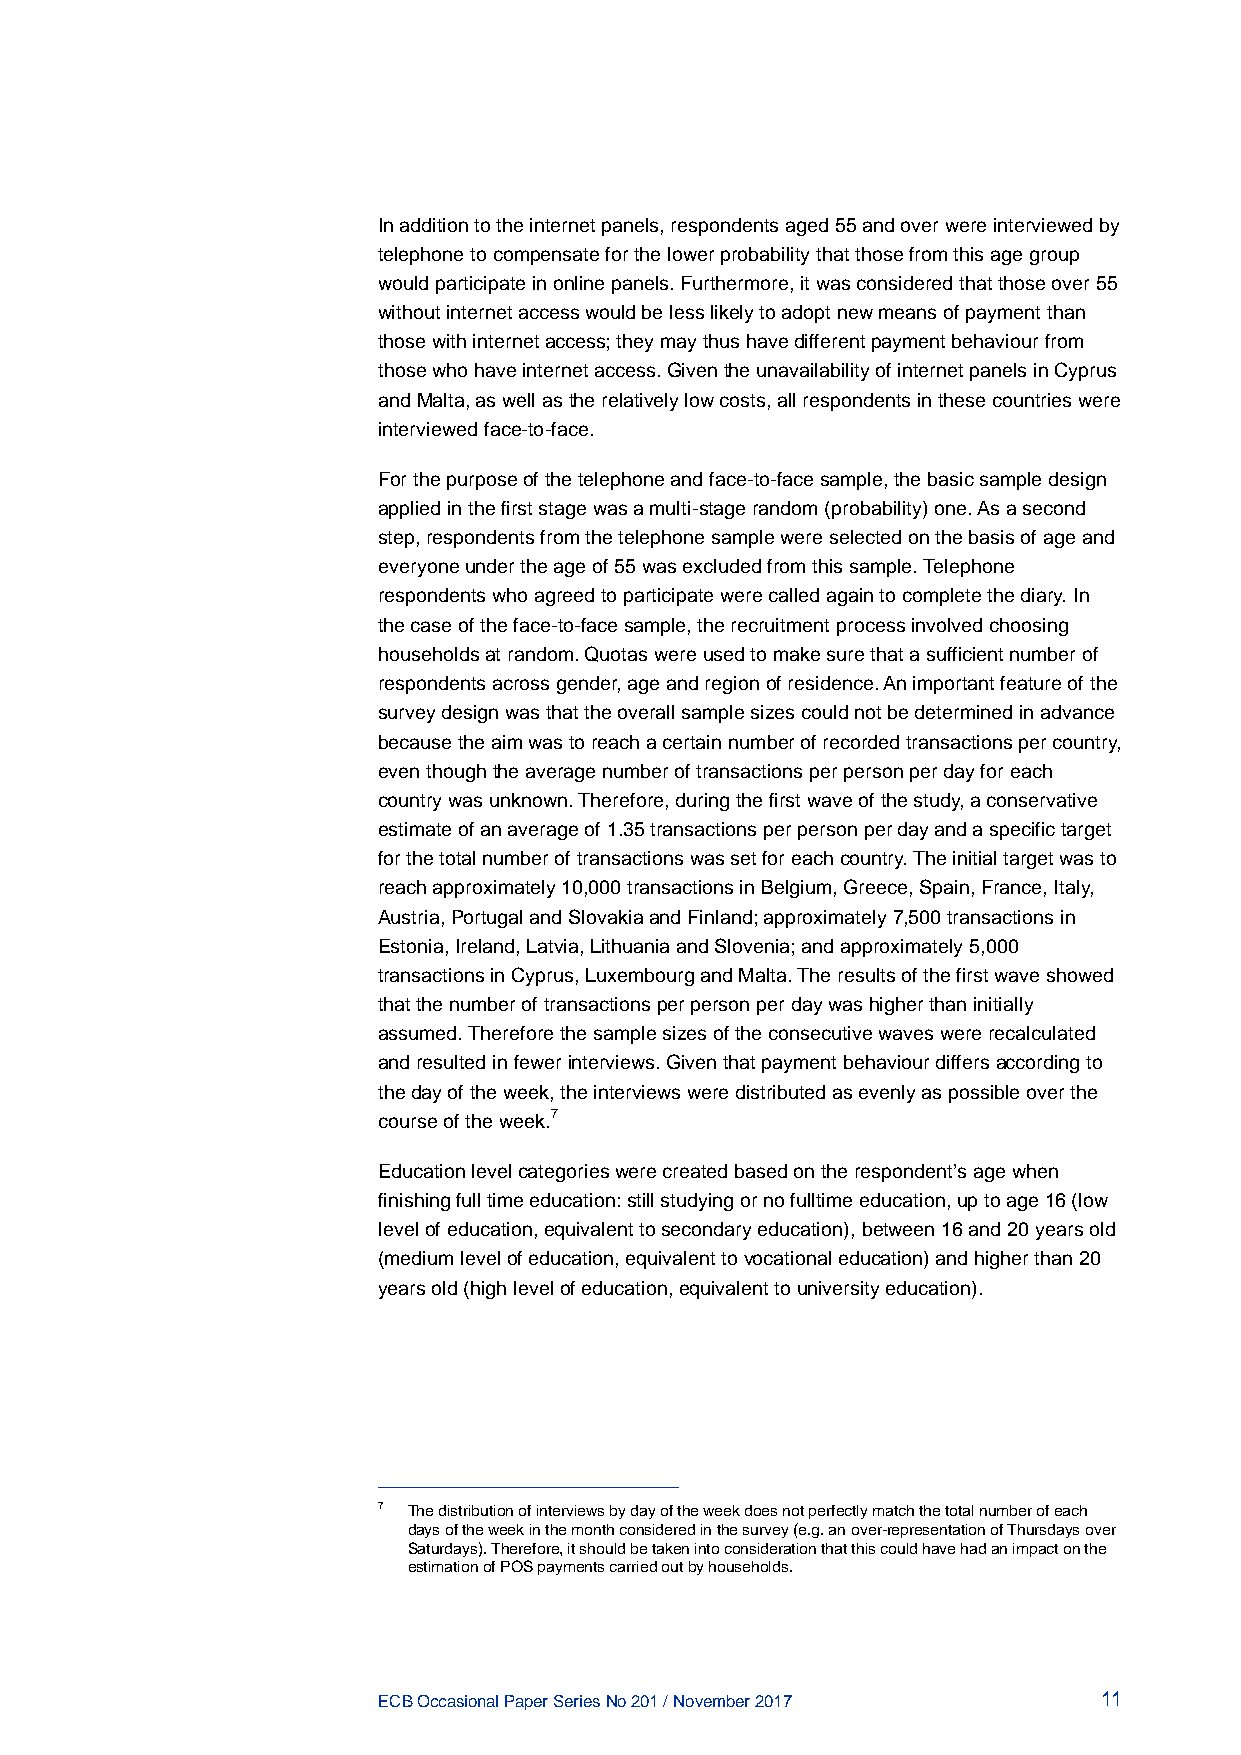
In addition to the internet panels, respondents aged 55 and over were interviewed by
 telephone to compensate for the lower probability that those from this age group
 would participate in online panels. Furthermore, it was considered that those over 55
 without internet access would be less likely to adopt new means of payment than
 those with internet access; they may thus have different payment behaviour from
 those who have internet access. Given the unavailability of internet panels in Cyprus
 and Malta, as well as the relatively low costs, all respondents in these countries were
 interviewed face-to-face.
 For the purpose of the telephone and face-to-face sample, the basic sample design
 applied in the first stage was a multi-stage random (probability) one. As a second
 step, respondents from the telephone sample were selected on the basis of age and
 everyone under the age of 55 was excluded from this sample. Telephone
 respondents who agreed to participate were called again to complete the diary. In
 the case of the face-to-face sample, the recruitment process involved choosing
 households at random. Quotas were used to make sure that a sufficient number of
 respondents across gender, age and region of residence. An important feature of the
 survey design was that the overall sample sizes could not be determined in advance
 because the aim was to reach a certain number of recorded transactions per country,
 even though the average number of transactions per person per day for each
 country was unknown. Therefore, during the first wave of the study, a conservative
 estimate of an average of 1.35 transactions per person per day and a specific target
 for the total number of transactions was set for each country. The initial target was to
 reach approximately 10,000 transactions in Belgium, Greece, Spain, France, Italy,
 Austria, Portugal and Slovakia and Finland; approximately 7,500 transactions in
 Estonia, Ireland, Latvia, Lithuania and Slovenia; and approximately 5,000
 transactions in Cyprus, Luxembourg and Malta. The results of the first wave showed
 that the number of transactions per person per day was higher than initially
 assumed. Therefore the sample sizes of the consecutive waves were recalculated
 and resulted in fewer interviews. Given that payment behaviour differs according to
 the day of the week, the interviews were distributed as evenly as possible over the
 course of the week.7
 Education level categories were created based on the respondent’s age when
 finishing full time education: still studying or no fulltime education, up to age 16 (low
 level of education, equivalent to secondary education), between 16 and 20 years old
 (medium level of education, equivalent to vocational education) and higher than 20
 years old (high level of education, equivalent to university education).
 7 The distribution of interviews by day of the week does not perfectly match the total number of each
 days of the week in the month considered in the survey (e.g. an over-representation of Thursdays over
 Saturdays). Therefore, it should be taken into consideration that this could have had an impact on the
 estimation of POS payments carried out by households.
 ECB Occasional Paper Series No 201 / November 2017 11